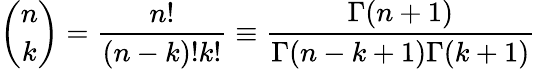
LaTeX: {\binom{n}{k}}={\frac{n!}{(n-k)!k!}}\equiv{\frac{\Gamma(n+1)}{\Gamma(n-k+1)\Gamma(k+1)}}